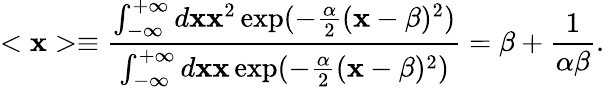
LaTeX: <\mathbf{x}>\equiv\frac{{\int_{-\infty}^{+\infty}d\mathbf{x}\mathbf{x}^{2}\exp(-\frac{{\alpha}}{{2}}(\mathbf{x}-\beta)^{2})}}{{\int_{-\infty}^{+\infty}d\mathbf{x}\mathbf{x}\exp(-\frac{{\alpha}}{{2}}(\mathbf{x}-\beta)^{2})}}=\beta+\frac{{1}}{{\alpha\beta}}.